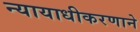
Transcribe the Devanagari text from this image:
न्यायाधीकरणाने